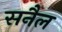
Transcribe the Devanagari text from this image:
सनैल